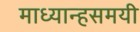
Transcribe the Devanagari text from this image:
माध्यान्हसमयी